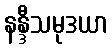
နန္ဒီသမုဒယာ